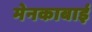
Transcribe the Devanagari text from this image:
मेनकाबाई